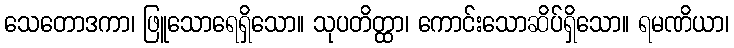
သေတောဒကာ၊ ဖြူသောရေရှိသော။ သုပတိတ္ထာ၊ ကောင်းသောဆိပ်ရှိသော။ ရမဏိယာ၊